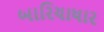
બારિયાધાર